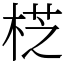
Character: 𣔰